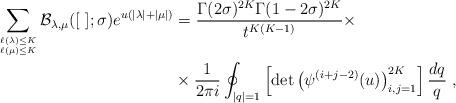
LaTeX: \begin{align*}\sum_{\ell(\lambda)\leq K\atop \ell(\mu)\leq K}{\mathcal B}_{\lambda, \mu}([\ ];\sigma)e^{u(|\lambda|+|\mu|)}&=\frac{\Gamma(2\sigma)^{2K}\Gamma(1-2\sigma)^{2K}}{t^{K(K-1)}}\times\\&\times\frac{1}{2\pi i} \oint_{|q|=1}\left[\det\left(\psi^{(i+j-2)}(u)\right)_{i,j=1}^{2K}\right]\frac{dq}{q}\ ,\end{align*}